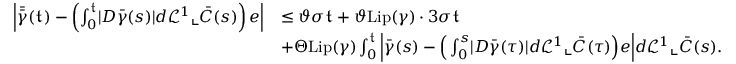
\begin{array} { r l } { \left| \bar { \bar { \gamma } } ( \mathfrak { t } ) - \left( \int _ { 0 } ^ { \mathfrak { t } } \lvert D { \bar { \gamma } } ( s ) \rvert d \mathcal { L } ^ { 1 } \llcorner \bar { C } ( s ) \right) e \right| } & { \leq \vartheta \sigma \mathfrak { t } + \vartheta \mathrm { L i p } ( \gamma ) \cdot 3 \sigma \mathfrak { t } } \\ & { + \Theta \mathrm { L i p } ( \gamma ) \int _ { 0 } ^ { \mathfrak { t } } \Big \lvert \bar { \gamma } ( s ) - \Big ( \int _ { 0 } ^ { s } \lvert D { \bar { \gamma } } ( \tau ) \rvert d \mathcal { L } ^ { 1 } \llcorner \bar { C } ( \tau ) \Big ) e \Big \rvert d \mathcal { L } ^ { 1 } \llcorner \bar { C } ( s ) . } \end{array}